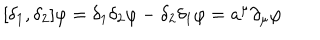
[ \delta _ { 1 } , \delta _ { 2 } ] \varphi = \delta _ { 1 } \delta _ { 2 } \varphi - \delta _ { 2 } \delta _ { 1 } \varphi = a ^ { \mu } \partial _ { \mu } \varphi